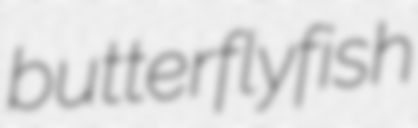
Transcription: butterflyfish